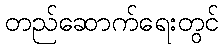
တည်ဆောက်ရေးတွင်